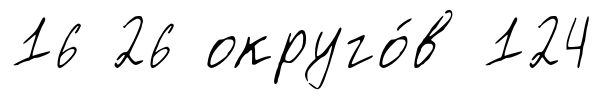
16 26 округо́в 124